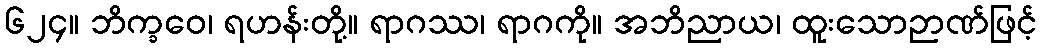
၆၂၄။ ဘိက္ခဝေ၊ ရဟန်းတို့။ ရာဂဿ၊ ရာဂကို။ အဘိညာယ၊ ထူးသောဉာဏ်ဖြင့်